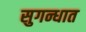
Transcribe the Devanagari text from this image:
सुगन्धात